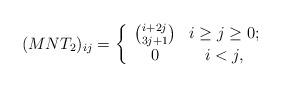
LaTeX: \begin{align*}(MNT_{2})_{ij}=\left\{\begin{array}{cc}{i+2j \choose 3j+1} & i\geq j\geq0;\\0& i<j,\end{array}\right.\end{align*}